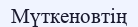
Мүткеновтің